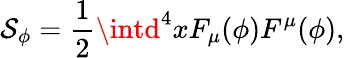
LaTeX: \mathcal{S}_{\phi}=\frac{{1}}{{2}}\intd^{4}xF_{\mu}(\phi)F^{\mu}(\phi),